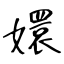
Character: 嬛